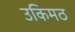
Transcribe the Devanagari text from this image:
उकिमठ